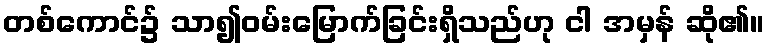
တစ်ကောင်၌ သာ၍ဝမ်းမြောက်ခြင်းရှိသည်ဟု ငါ အမှန် ဆို၏။